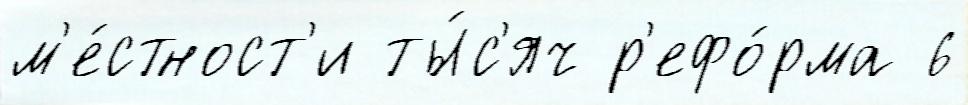
м'е́стност'и ты́с'яч р'ефо́рма 6